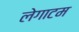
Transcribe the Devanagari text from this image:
लेगाटम